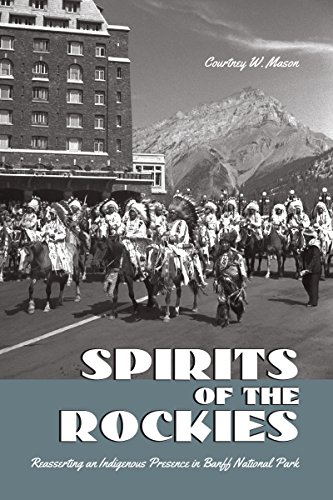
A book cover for Spirits of the Rockies: Reasserting an Indigenous Presence in Banff National Park; Courtney W. Mason; Travel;